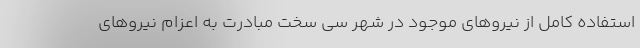
استفاده کامل از نیروهای موجود در شهر سی سخت مبادرت به اعزام نیروهای